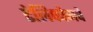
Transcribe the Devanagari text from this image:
टेलिफोनचे